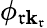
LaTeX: \phi_{\mathfrak{r}\mathbf{k}_{\mathfrak{r}}}